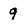
Character: 9